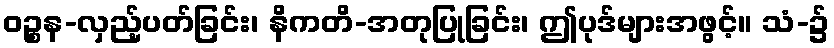
ဝဉ္စန-လှည့်ပတ်ခြင်း၊ နိကတိ-အတုပြုခြင်း၊ ဤပုဒ်များအဖွင့်။ သံ-၌